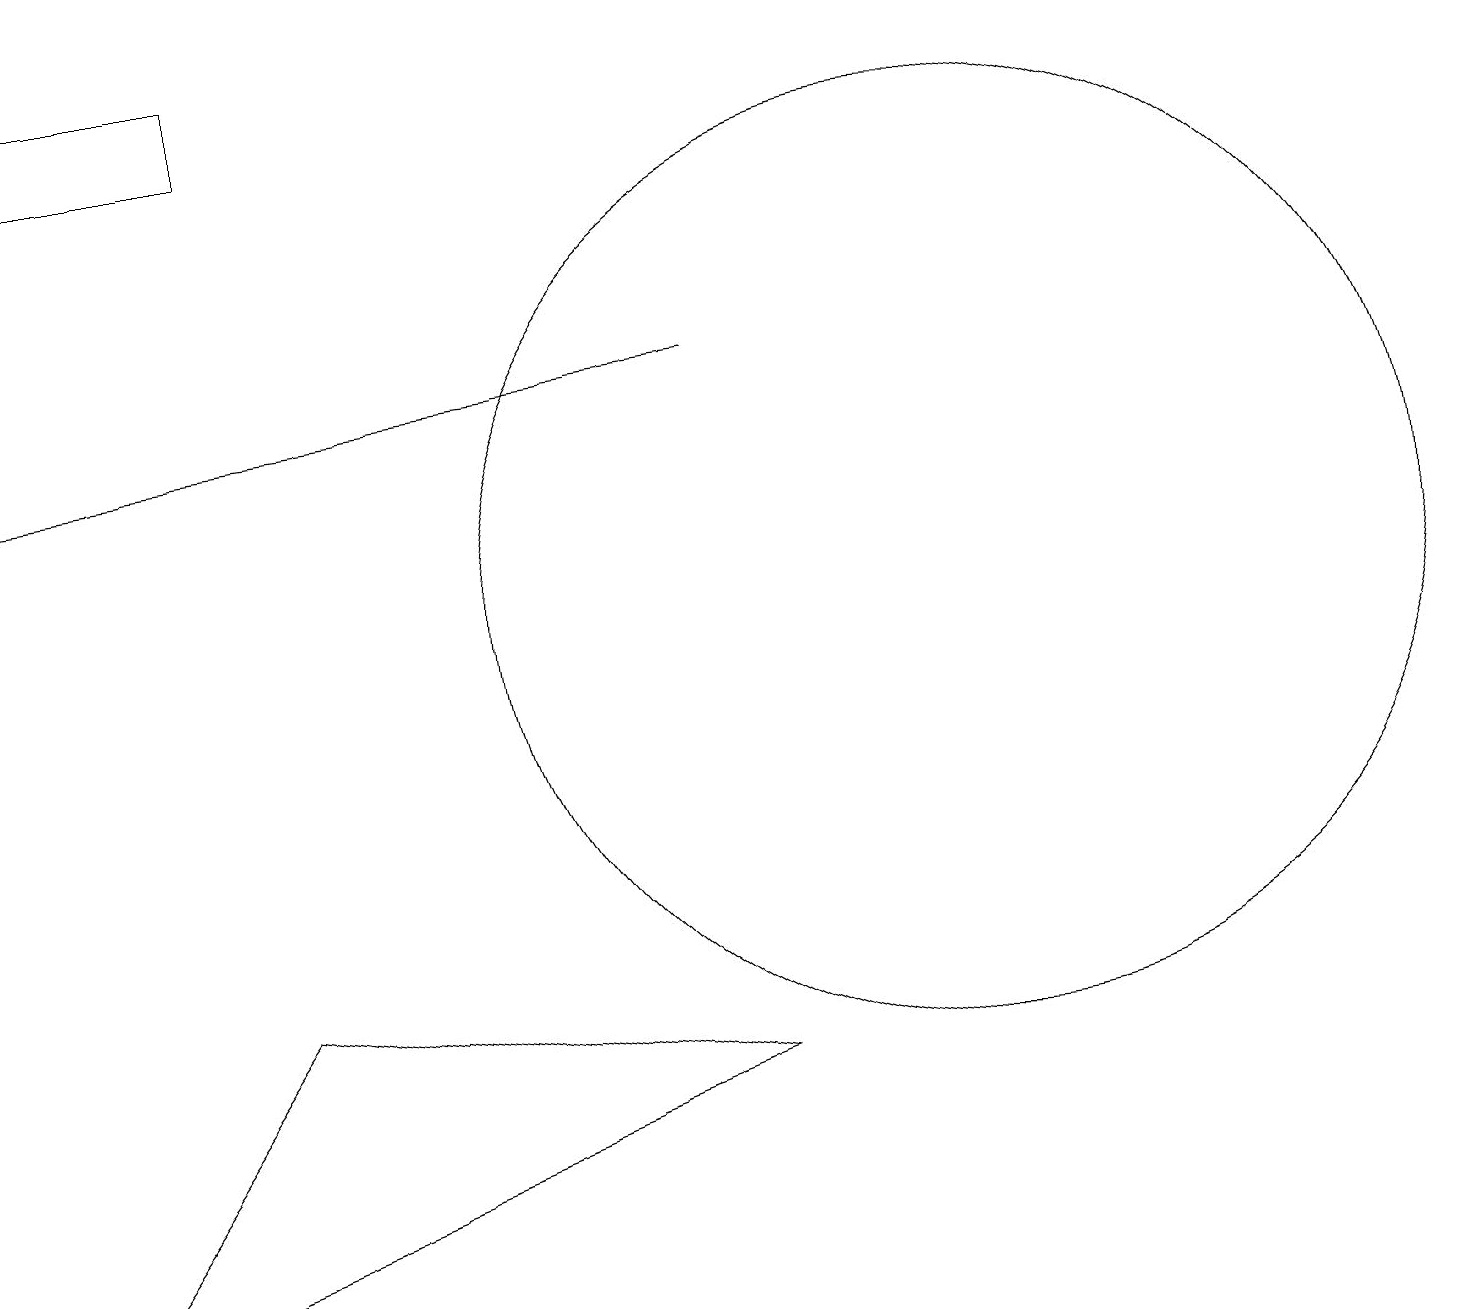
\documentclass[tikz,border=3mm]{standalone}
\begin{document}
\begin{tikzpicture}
\draw (11,10) circle (0);
\draw (0,16) rectangle (3,17);
\draw[->] (9,13) -- (0,12);
\draw (12,10) circle (6);
\draw (0,1) -- (9,4) -- (3,5) -- cycle;
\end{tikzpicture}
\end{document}